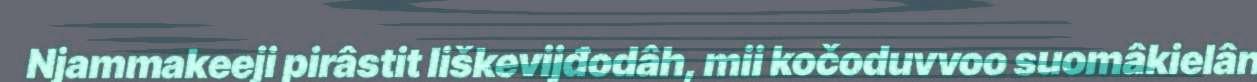
Njammakeeji pirâstit liškevijđodâh, mii kočoduvvoo suomâkielân